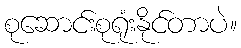
စုဆောင်းစုရုံးနိုင်တာပဲ။